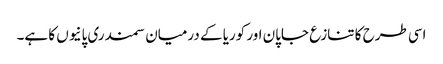
اسی طرح کا تنازع جاپان اور کوریا کے درمیان سمندری پانیوں کا ہے۔